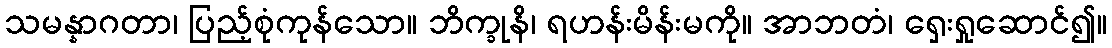
သမန္နာဂတာ၊ ပြည့်စုံကုန်သော။ ဘိက္ခုနိ၊ ရဟန်းမိန်းမကို။ အာဘတံ၊ ရှေးရှုဆောင်၍။